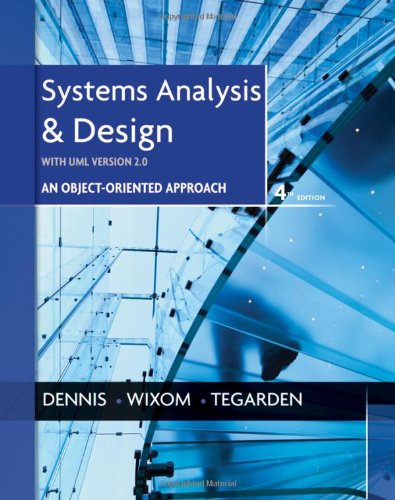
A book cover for Systems Analysis and Design with UML; Alan Dennis; Science & Math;